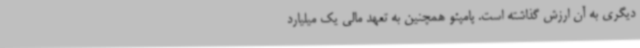
دیگری به آن ارزش گذاشته است. پامپئو همچنین به تعهد مالی یک میلیارد